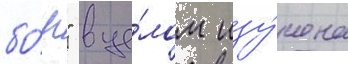
бо́р" в це́лом изу́чена